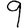
Digit: 9